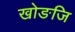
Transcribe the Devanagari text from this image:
खोङजि